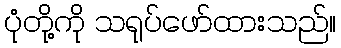
ပုံတို့ကို သရုပ်ဖော်ထားသည်။